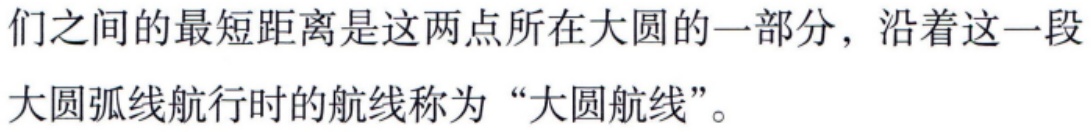
们之间的最短距离是这两点所在大圆的一部分，沿着这一段大圆弧线航行时的航线称为“大圆航线”。